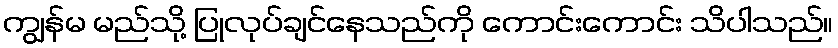
ကျွန်မ မည်သို့ ပြုလုပ်ချင်နေသည်ကို ကောင်းကောင်း သိပါသည်။